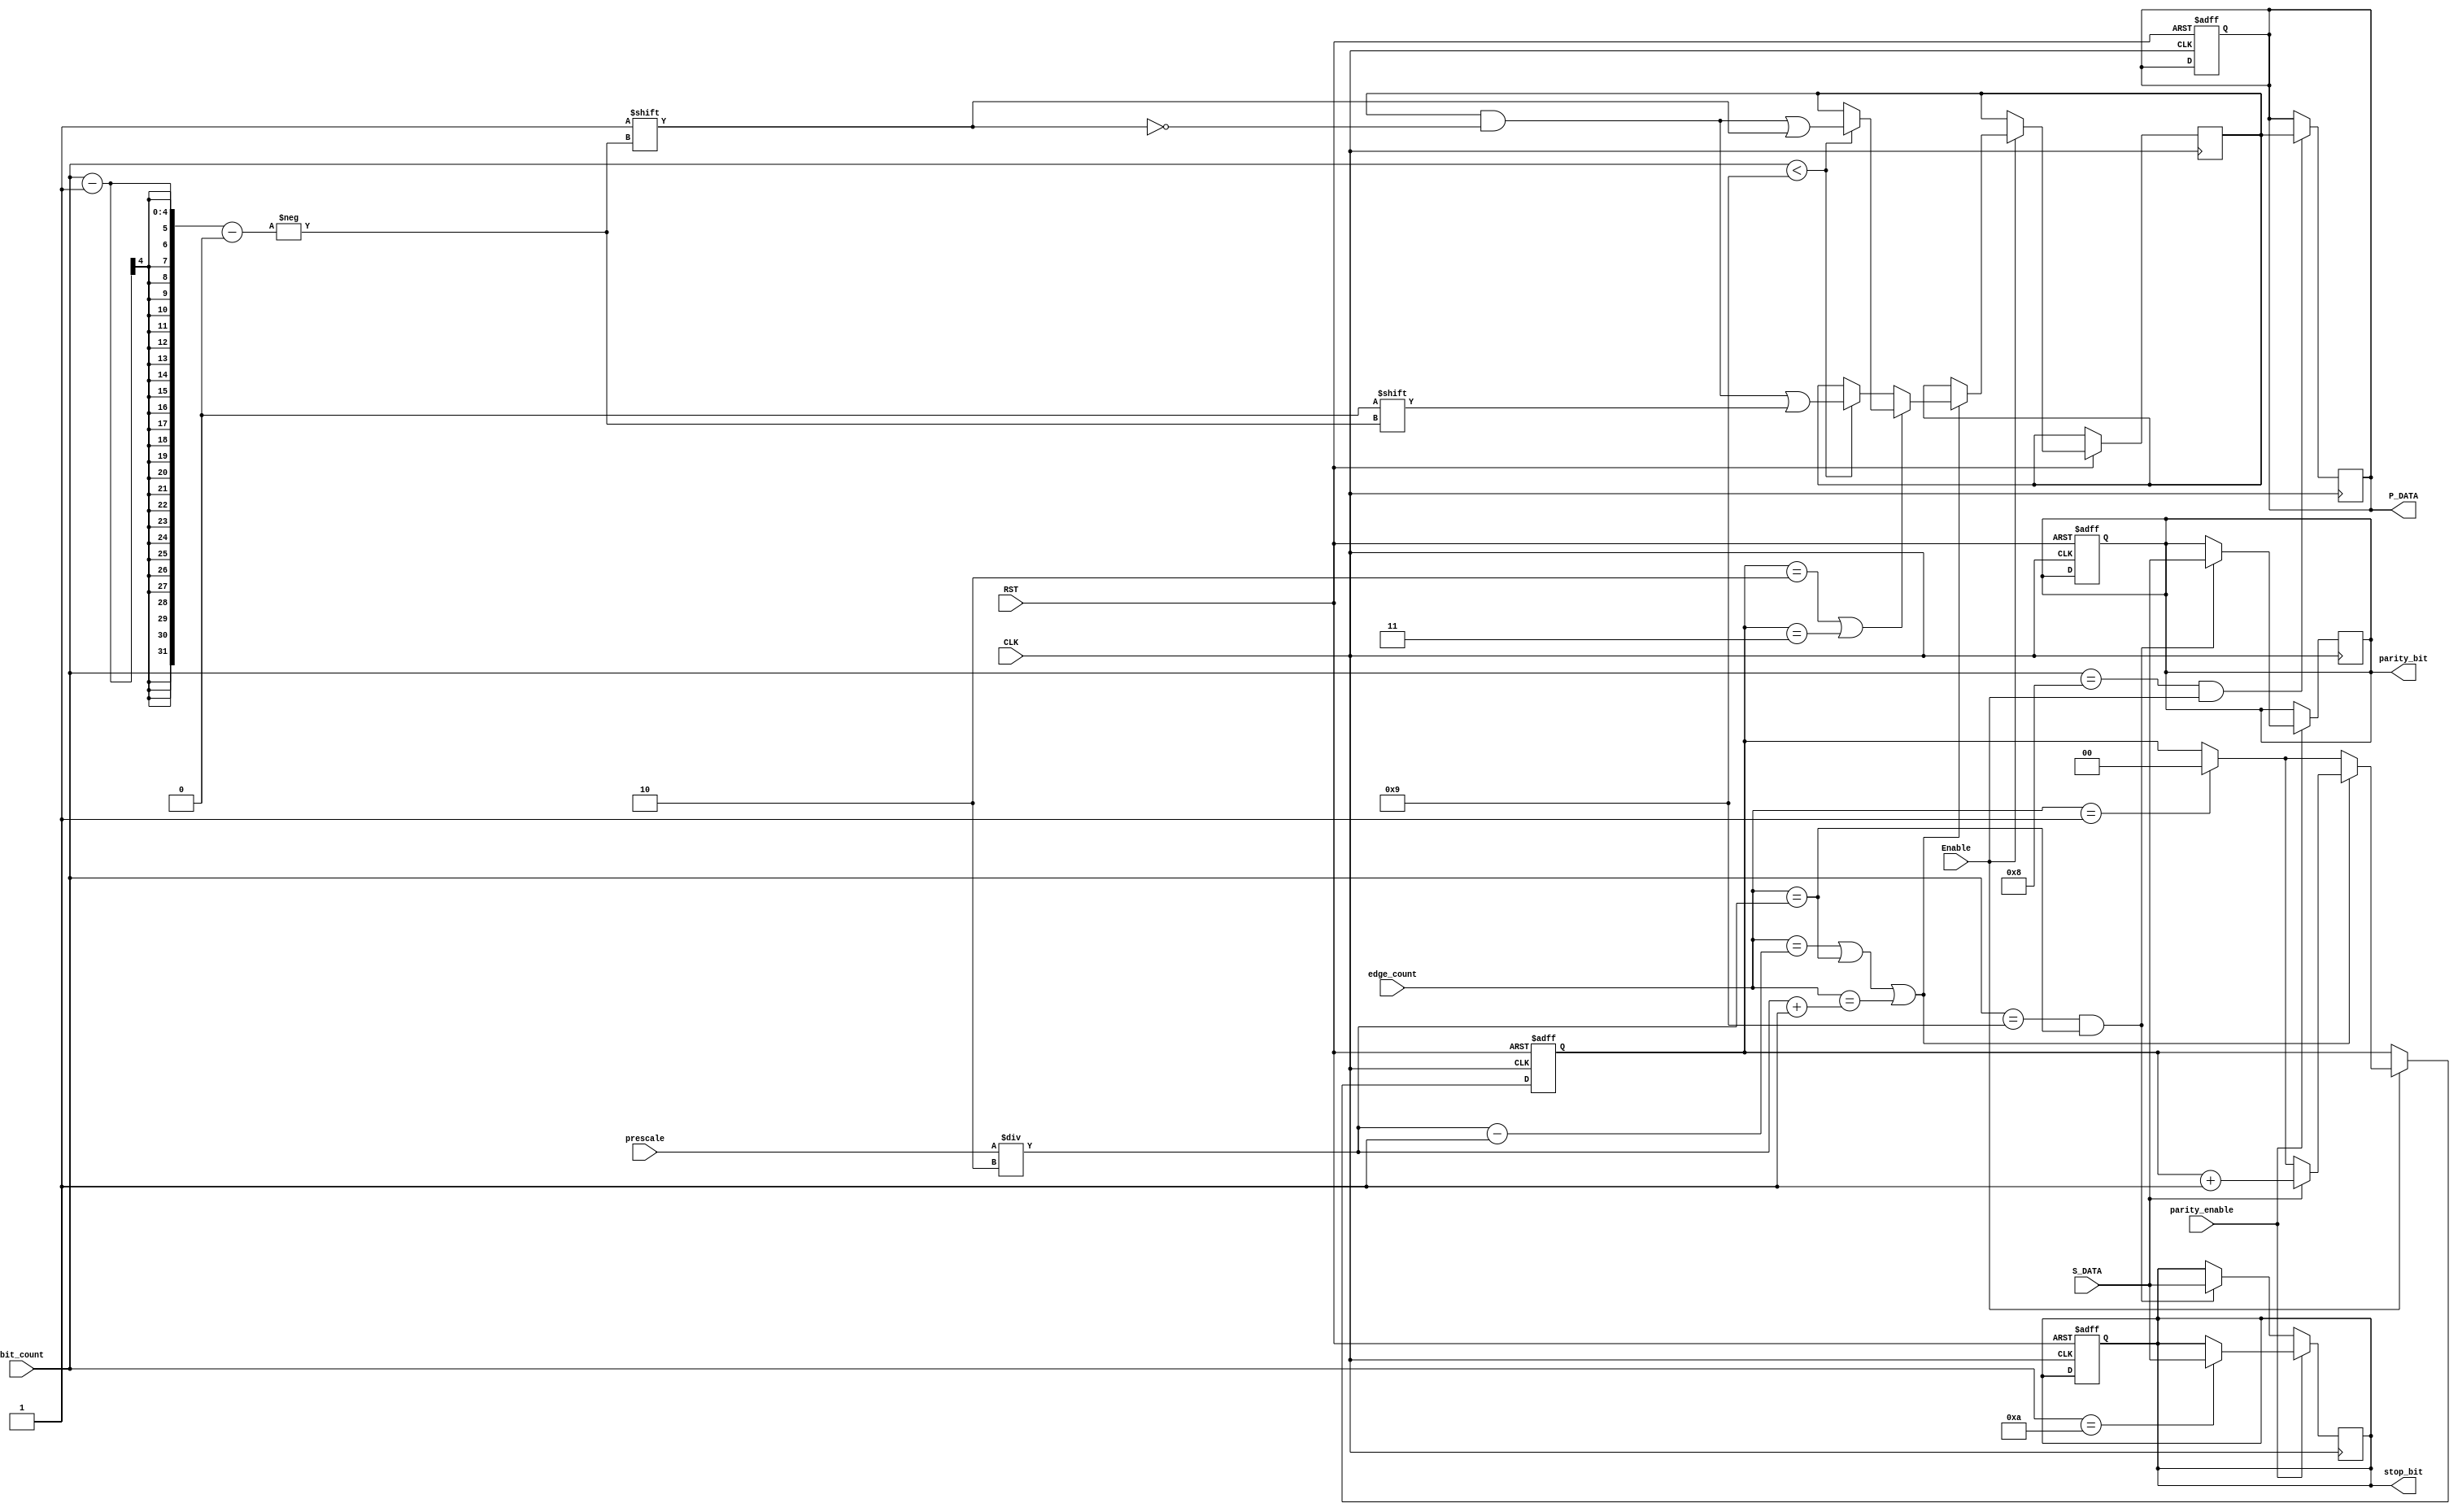
module data_sampling # ( parameter PRESCALE_WIDTH = 5 )(
  input wire CLK,
  input wire RST,
  input wire S_DATA,
  input wire Enable,
  input wire [PRESCALE_WIDTH-1:0] prescale ,
  input wire parity_enable,
  input wire [3:0] edge_count,
  input wire [3:0] bit_count,
  output reg  parity_bit,
  output reg stop_bit,
  output reg [7:0] P_DATA
  );
reg [7:0] temp;
reg [1:0] one_counter;
always @ (posedge CLK or negedge RST)
begin
if(!RST) 
begin
P_DATA <= 'd0;
parity_bit <= 'b0;
stop_bit <= 'b0;
one_counter <= 'b0;
end
else
begin
if(Enable)
  begin
    if (edge_count=='d1)
      one_counter<='d0;
    if(edge_count==((prescale/2)-1) | edge_count==(prescale/2) | edge_count==((prescale/2)+1))
      begin
        if(S_DATA == 'b1)
          one_counter <= one_counter+'b1;
         if(one_counter == 'd2 | one_counter=='d3)
           begin
           if(bit_count<'d9)
         temp[bit_count-1]<='b1;
       end
       else
         if(bit_count<'d9)
       temp[bit_count-1]<='b0;
      end
  end
end 
end

always@ (posedge CLK)
begin
  if(parity_enable)
    begin
      if(bit_count=='d9 & edge_count==(prescale/2))
    parity_bit <= S_DATA;
    if(bit_count == 'd10)
      stop_bit <= S_DATA;
  end
  else
    begin
      if(bit_count=='d9 & edge_count==(prescale/2))
        stop_bit <= S_DATA;
      end
end


always @ (posedge CLK)
begin
  if(bit_count=='d8 && Enable)
    P_DATA <= temp;
end
endmodule